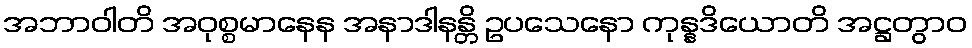
အဘာဝါတိ အဝုစ္စမာနေန အနာဒါနန္တိ ဥပသေနော ကုန္နဒိယောတိ အဋ္ဌတွာဝ